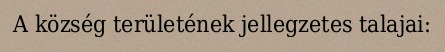
A község területének jellegzetes talajai: